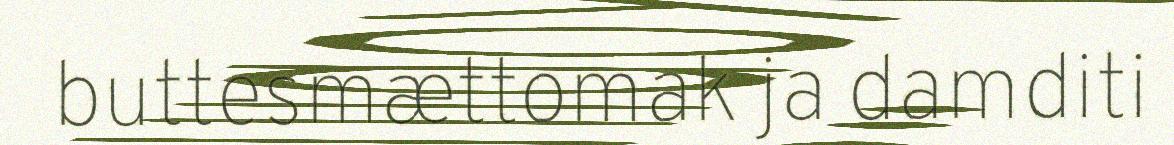
buttesmættomak ja damditi